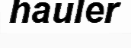
hauler